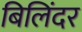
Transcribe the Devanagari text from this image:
बिलिंदर